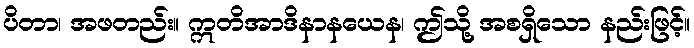
ပိတာ၊ အဖတည်း။ ဣတိအာဒိနာနယေန၊ ဤသို့ အစရှိသော နည်းဖြင့်။